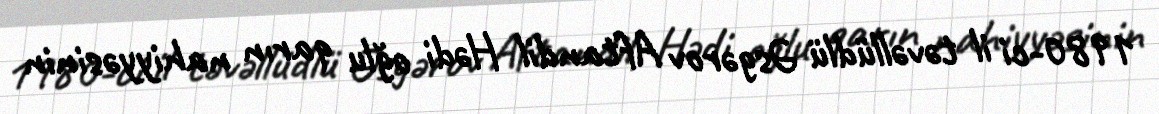
1980-ci il təvəllüdlü Əsgərov Aftandil Hədi oğlu qarın nahiyyəsinin